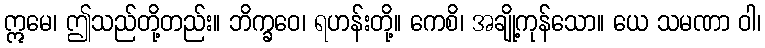
ဣမေ၊ ဤသည်တို့တည်း။ ဘိက္ခဝေ၊ ရဟန်းတို့။ ကေစိ၊ အချို့ကုန်သော။ ယေ သမဏာ ဝါ၊